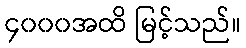
၄၀၀၀အထိ မြင့်သည်။